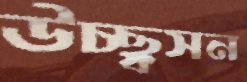
উচ্ছ্বসন